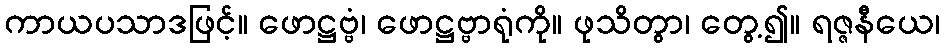
ကာယပသာဒဖြင့်။ ဖောဋ္ဌဗ္ဗံ၊ ဖောဋ္ဌဗ္ဗာရုံကို။ ဖုသိတွာ၊ တွေ့၍။ ရဇ္ဇနီယေ၊